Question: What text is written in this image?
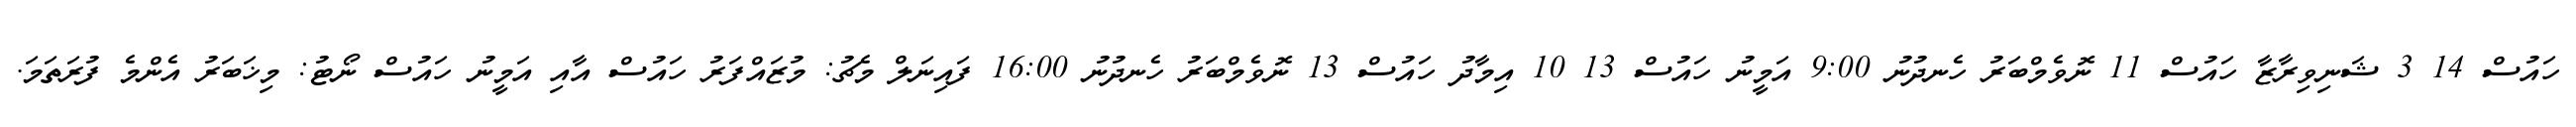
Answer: ހައުސް 14 3 ޝަނިވިރާޒާ ހައުސް 11 ނޮވެމްބަރު ހެނދުނު 9:00 އަމީނު ހައުސް 13 10 އިމާދު ހައުސް 13 ނޮވެމްބަރު ހެނދުނު 16:00 ފައިނަލް މެޗު: މުޒައްފަރު ހައުސް އާއި އަމީނު ހައުސް ނޯޓު: މިޚަބަރު އެންމެ ފުރަތަމަ.